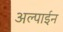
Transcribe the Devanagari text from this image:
अल्पाईन